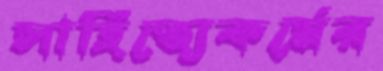
সাহিত্যেকর্মের